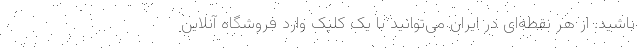
باشید. از هر نقطه‌ای در ایران می‌توانید با یک کلیک وارد فروشگاه آنلاین